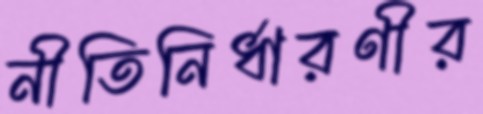
নীতিনির্ধারণীর